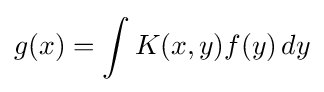
g(x)=\int K(x,y)f(y)\,dy